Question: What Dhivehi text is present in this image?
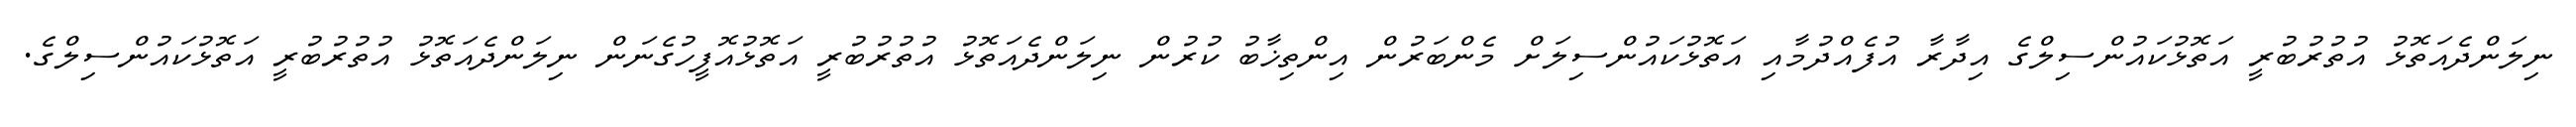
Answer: ނިލަންދެއަތޮޅު އުތުރުބުރީ އަތޮޅުކައުންސިލްގެ އިދާރާ އުފެއްދުމާއި އަތޮޅުކައުންސިލަށް މެންބަރުން އިންތިޚާބު ކުރުން ނިލަންދެއަތޮޅު އުތުރުބުރީ އަތޮޅުއޮފީހުގެނަން ނިލަންދެއަތޮޅު އުތުރުބުރީ އަތޮޅުކައުންސިލްގެ.